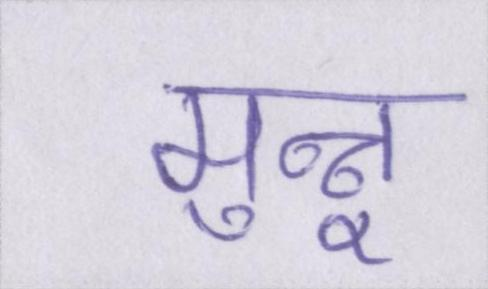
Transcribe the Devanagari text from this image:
मुन्नू